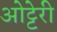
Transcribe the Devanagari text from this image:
ओट्टेरी